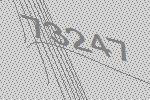
73247